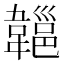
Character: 𩏔